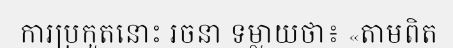
ការប្រកួតនោះ រចនា ទម្លាយថា៖ «តាមពិត